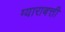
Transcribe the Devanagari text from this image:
ग्याराबत्ती